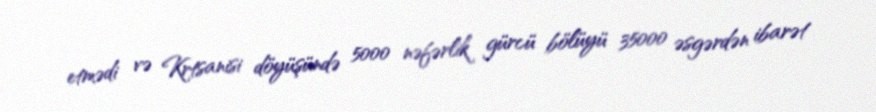
etmədi və Krtsanisi döyüşündə 5000 nəfərlik gürcü bölüyü 35000 əsgərdən ibarət